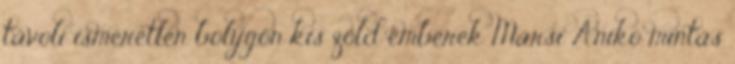
távoli ismeretlen bolygón kis zöld emberek Marsi Anikó mintás